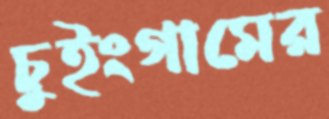
চুইংগামের